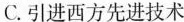
C.引进西方先进技术